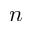
n